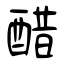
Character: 醋